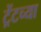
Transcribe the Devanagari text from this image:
ट्रेंटच्या